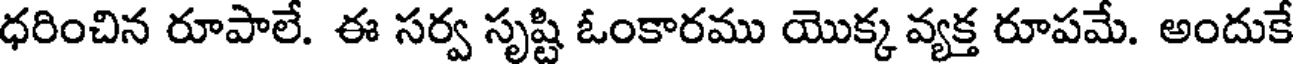
ధరించిన రూపాలే. ఈ సర్వ సృష్టి ఓంకారము యొక్క వ్యక్త రూపమే. అందుకే